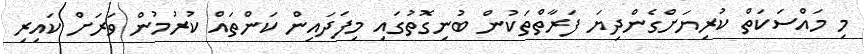
މި މައްސަކަތް ކުރިޔަށްގެންދިޔަ ފަރާތްތަކުން ބުނިގޮތުގައި މިފަދައިން ކަންތައް ކުރުމުން ވަރަށް ކައިރި